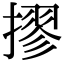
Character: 摎